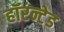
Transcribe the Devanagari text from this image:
हॉरन्टेड